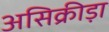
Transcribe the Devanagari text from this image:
असिक्रीड़ा